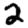
Digit: 2